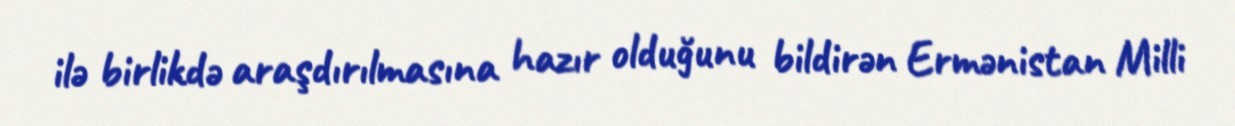
ilə birlikdə araşdırılmasına hazır olduğunu bildirən Ermənistan Milli